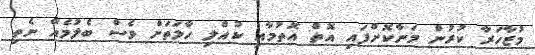
މުޒާހަރާ ކުރުން މަނާކޮށްފައި އޮތް އޮތުމާއި ކުއްލި ހާލަތަށް ވެސް ބެލުމެއް ނެތި